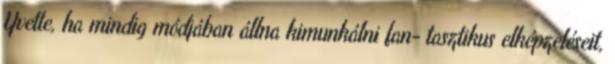
Yvette, ha mindig módjában állna kimunkálni fan- tasztikus elképzeléseit,